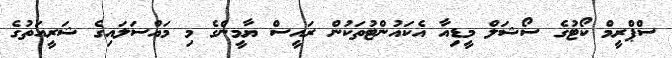
ސްޕްރީމް ކޯޓުގެ ސޯޝަލް މީޑިއާ އެކައުންޓުތަކުން ރައީސް ޔާމީންގެ މި މައްސަލައިގެ ޝަރީއަތުގެ